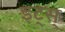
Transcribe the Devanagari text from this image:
इट्स्